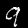
Digit: 9